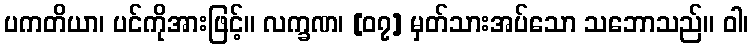
ပကတိယာ၊ ပင်ကိုအားဖြင့်။ လက္ခဏ၊ [၀၇] မှတ်သားအပ်သော သဘောသည်။ ဝါ၊